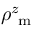
\rho _ { \mathrm { ~ m ~ } } ^ { z }